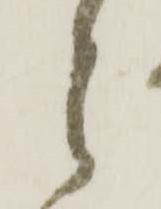
郎